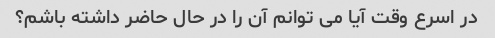
در اسرع وقت آیا می توانم آن را در حال حاضر داشته باشم؟